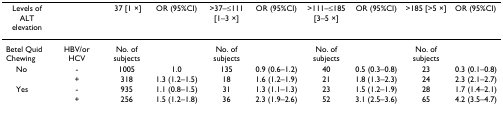
| Levels of ALT elevation |  | ≤37 [1 ×] | OR (95%CI) | >37–≤111 [1–3 ×] | OR (95%CI) | >111–≤185 [3–5 ×] | OR (95%CI) | >185 [>5 ×] | OR (95%CI) |
 | --- | --- | --- | --- | --- | --- | --- | --- | --- | --- |
 | Betel Quid Chewing | HBV/or HCV | No. of subjects |  | No. of subjects |  | No. of subjects |  | No. of subjects |  |
 | No | - | 1005 | 1.0 | 135 | 0.9 (0.6–1.2) | 40 | 0.5 (0.3–0.8) | 23 | 0.3 (0.1–0.8) |
 |  | + | 318 | 1.3 (1.2–1.5) | 18 | 1.6 (1.2–1.9) | 21 | 1.8 (1.3–2.3) | 24 | 2.3 (2.1–2.7) |
 | Yes | - | 935 | 1.1 (0.8–1.5) | 31 | 1.3 (1.1–1.3) | 23 | 1.5 (1.2–1.9) | 28 | 1.7 (1.4–2.1) |
 |  | + | 256 | 1.5 (1.2–1.8) | 36 | 2.3 (1.9–2.6) | 52 | 3.1 (2.5–3.6) | 65 | 4.2 (3.5–4.7) |